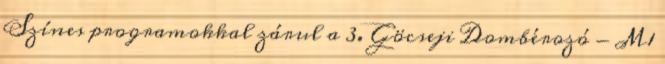
Színes programokkal zárul a 3. Göcseji Dombérozó - M1